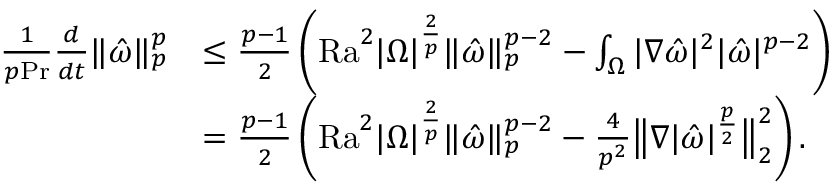
\begin{array} { r l } { \frac { 1 } { p \mathrm { P r } } \frac { d } { d t } \| \hat { \omega } \| _ { p } ^ { p } } & { \leq \frac { p - 1 } { 2 } \left( \mathrm { { R a } } ^ { 2 } | \Omega | ^ { \frac { 2 } { p } } \| \hat { \omega } \| _ { p } ^ { p - 2 } - \int _ { \Omega } | \nabla \hat { \omega } | ^ { 2 } | \hat { \omega } | ^ { p - 2 } \right) } \\ & { = \frac { p - 1 } { 2 } \left( \mathrm { { R a } } ^ { 2 } | \Omega | ^ { \frac { 2 } { p } } \| \hat { \omega } \| _ { p } ^ { p - 2 } - \frac { 4 } { p ^ { 2 } } \big \| \nabla | \hat { \omega } | ^ { \frac { p } { 2 } } \big \| _ { 2 } ^ { 2 } \right) . } \end{array}